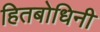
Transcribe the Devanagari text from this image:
हितबोधिनी